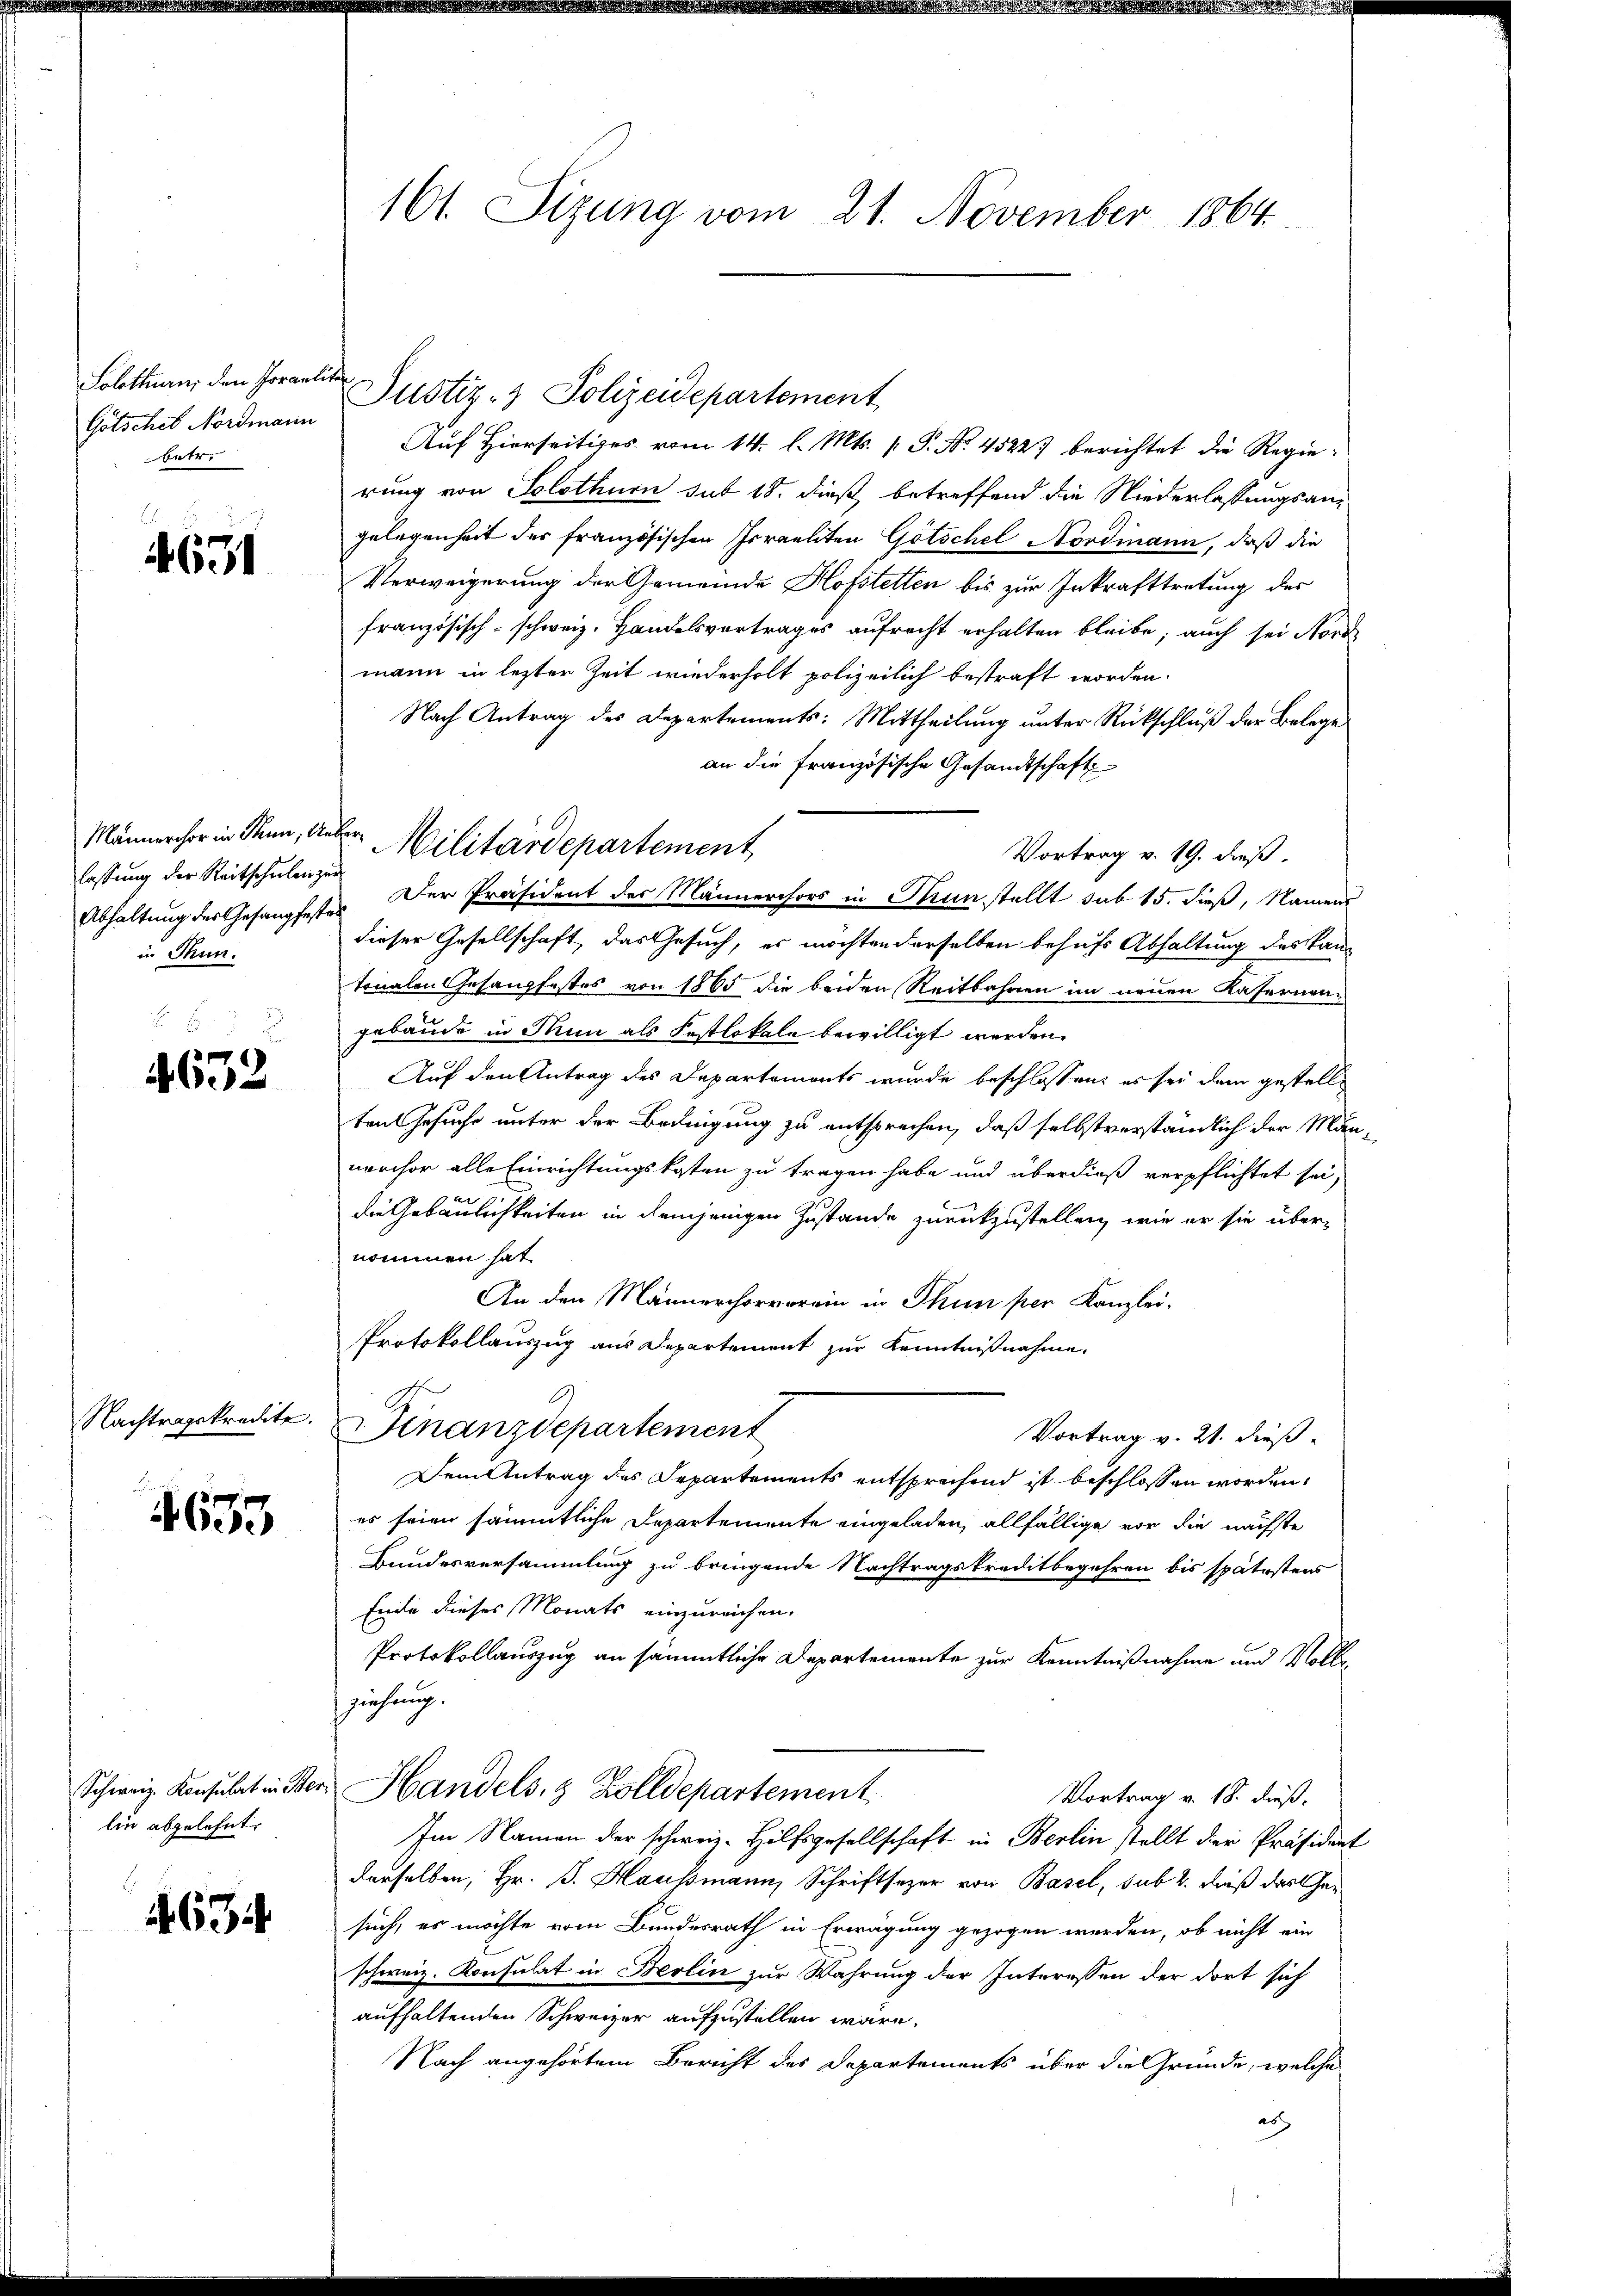
Solothurn, den Porantite
Gotsches Nordmann
betr.

E
4631

lassung der Reitschulen zur
in Thun.

f 5 x
4632

Nachtragskredite.

bere

lin abgelehnt.

634.

161. Sizung vom 21. November 1864.

Auf Hierseitiges vom 14. l. Mts. P. No. 45227 berichtet die Regierung von Solothurn sub 18. dieß betreffend die Niederlassungsangelegenheit der französischen Israeliten Götschel Nordmann, daß die
Verweigerung der Gemeinde Hofstetten bis zur Inkrafttretung des
französisch-schweiz. Handelsvertrages aufrecht erhalten bleibe; auch sei Nord
mann in lezter Zeit wiederholt polizeilich bestraft worden.
Nach Antrag des Departements: Mittheilung unter Rückschluß der Belege
an die Französische Gesandtschaft
Vortrag v. 19. dieß
Abhaltung des Gesangfestes. Der Präsident der Männerchors in Prunstellt sub 15. dieß, Namens
dieser Gesellschaft, das Gesuch, es möchten derselben behufs Abhaltung des Kantonalen Gesangfestes von 1865 die beiden Reitbahnen im neuen Kasernengebäude in Nun als Festlokale bewilligt werden.
Auf den Antrag des Departements wurde beschlossen: es sei dem gestellt
ten Gesuche unter der Bedingung zu entsprechen, daß selbstverständlich der Man-
nerchor alle Einrichtungskosten zu tragen habe und überdieß verpflichtet sei,
die Gebäulichkeiten in demjenigen Zustande zurückzustellen, wie er sie übernommen hat
An den Männerchorverein in Thun per Kanzlei-
Protokollauszug aus Departement zur Kenntnißnahme.
Finanzdepartement
Vortrag v. 21. dieß
Dem Antrag des Departements entsprechend ist beschlossen worden.
es seien sämmtliche Departemente eingeladen, allfällige vor die nächste
Bundesversammlung zu bringende Nachtragskreditbegehren bis spätestens
Ende dieses Monats einzureichen.
Protokollauszug an sämmtliche Departemente zur Kenntnißnahme und Vollziehung.
Schweiz. Konsulat in der Handels. 8 Zolldepartement
Vortrag v. 18. dieß.
Im Namen der schweiz. Hilfsgesellschaft in Berlin stellt der Präsident
derselben, Hr. P. Haussmann, Schriftsezer von Basel, sub 2. Dieß das Gesuch, es möchte vom Bundesrath in Erwägung gezogen werden, ob nicht ein
schweiz. Konsulat in Berlin zur Wahrung der Interessen der dort sich
aufhaltenden Schweizer aufzustellen wäre.
Nach angehörtem Bericht des Departements über die Gründe, welche
as

Männerchor in denn, dieser Militärdepartement

Justiz- & Polizeidepartement